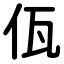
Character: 佤